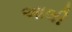
આલી